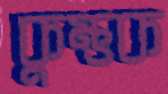
কুম্ভক